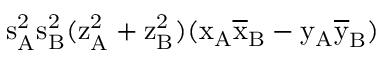
\mathrm { s _ { A } ^ { 2 } \mathrm { s _ { B } ^ { 2 } ( \mathrm { z _ { A } ^ { 2 } + \mathrm { z _ { B } ^ { 2 } ) ( \mathrm { x _ { A } \mathrm { \overline { { x } } _ { B } - \mathrm { y _ { A } \mathrm { \overline { { y } } _ { B } ) } } } } } } } }